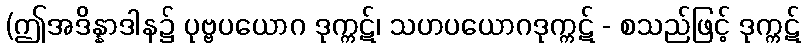
(ဤအဒိန္နာဒါန၌ ပုဗ္ဗပယောဂ ဒုက္ကဋ်၊ သဟပယောဂဒုက္ကဋ် - စသည်ဖြင့် ဒုက္ကဋ်